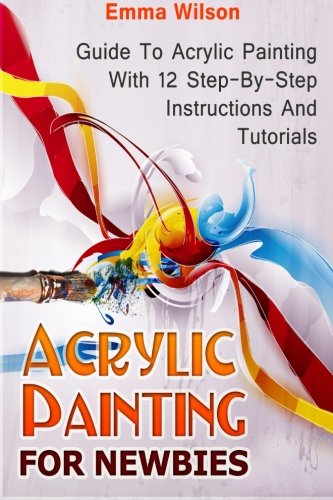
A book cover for Acrylic Painting for Newbies: Guide To Acrylic Painting With 12 Step-By-Step Instructions And Tutorials (Acrylic Painting Books, acrylic painting techniques, acrylic painting for beginners); Emma Wilson; Arts & Photography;